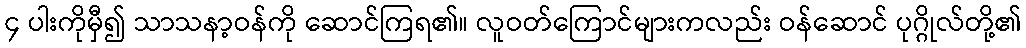
၄ ပါးကိုမှီ၍ သာသနာ့ဝန်ကို ဆောင်ကြရ၏။ လူဝတ်ကြောင်များကလည်း ဝန်ဆောင် ပုဂ္ဂိုလ်တို့၏